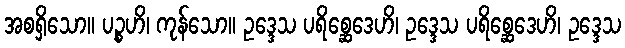
အစရှိသော။ ပဉ္စဟိ၊ ကုန်သော။ ဥဒ္ဒေသ ပရိစ္ဆေဒေဟိ၊ ဥဒ္ဒေသ ပရိစ္ဆေဒေဟိ၊ ဥဒ္ဒေသ